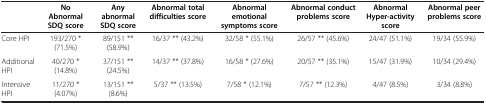
<table><thead><tr><td><b> </b></td><td><b>No Abnormal SDQ score</b></td><td><b>Any abnormal SDQ score</b></td><td><b>Abnormal total difficulties score</b></td><td><b>Abnormal emotional symptoms score</b></td><td><b>Abnormal conduct problems score</b></td><td><b>Abnormal Hyper-activity score</b></td><td><b>Abnormal peer problems score</b></td></tr></thead><tbody><tr><td>Core HPI</td><td>193/270 * (71.5%)</td><td>89/151 ** (58.9%)</td><td>16/37 ** (43.2%)</td><td>32/58 * (55.1%)</td><td>26/57 ** (45.6%)</td><td>24/47 (51.1%)</td><td>19/34 (55.9%)</td></tr><tr><td>Additional HPI</td><td>40/270 * (14.8%)</td><td>37/151 ** (24.5%)</td><td>14/37 ** (37.8%)</td><td>16/58 * (27.6%)</td><td>20/57 ** (35.1%)</td><td>15/47 (31.9%)</td><td>10/34 (29.4%)</td></tr><tr><td>Intensive HPI</td><td>11/270 * (4.07%)</td><td>13/151 ** (8.6%)</td><td>5/37 ** (13.5%)</td><td>7/58 * (12.1%)</td><td>7/57 ** (12.3%)</td><td>4/47 (8.5%)</td><td>3/34 (8.8%)</td></tr></tbody></table>